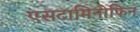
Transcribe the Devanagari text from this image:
एसटामिनोफिन